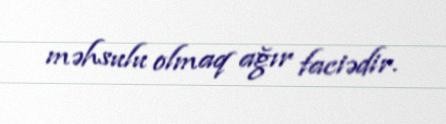
məhsulu olmaq ağır faciədir.